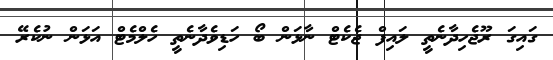
ގައިގަ ރޫޖެހިދާނެތީ ލައިފް ޖެކެޓް ނާޅަން ބޯ ހަޑިވެދާނެތީ ހެލްމެޓް އަޅަން ނުކެރޭ